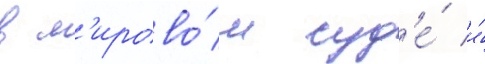
в м'ирово́м суд'е́ и́